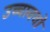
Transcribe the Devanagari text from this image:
उच्चावचो